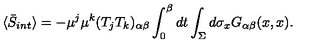
\langle \bar { S } _ { i n t } \rangle = - \mu ^ { j } \mu ^ { k } ( T _ { j } T _ { k } ) _ { \alpha \beta } \int _ { 0 } ^ { \beta } d t \int _ { \Sigma } d \sigma _ { x } G _ { \alpha \beta } ( x , x ) .